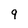
Character: 9